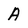
Character: A